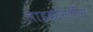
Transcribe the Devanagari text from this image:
लाइकोस्थींस